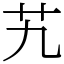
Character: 艽